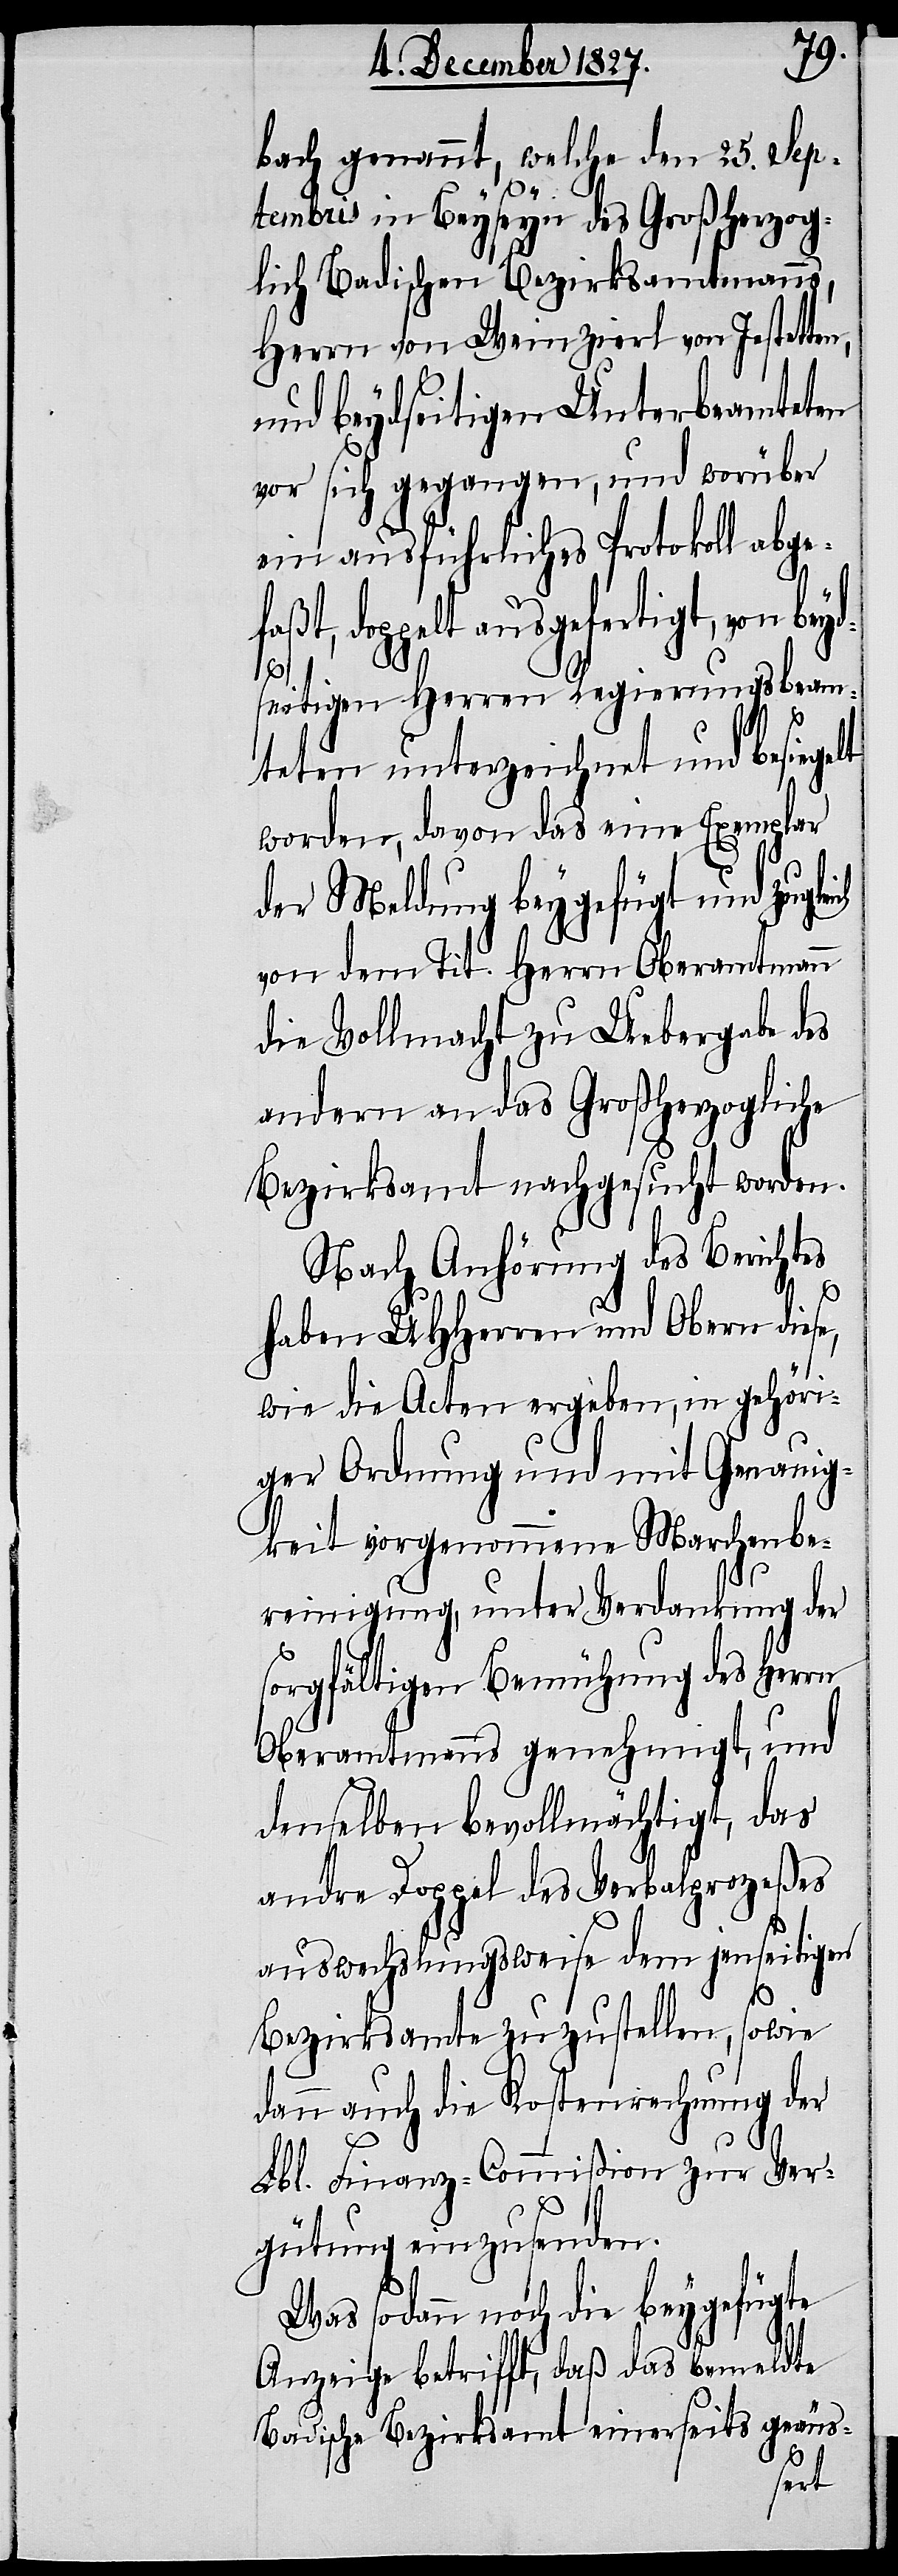
bach genannt, welche den 25. Sep¬
tembris in Beyseyn des Großherzog¬
lich Badischen Bezirksamtmanns,
Herrn von Weinzierl von Jestetten,
und beydseitigen Unterbeamteten
vor sich gegangen, und worüber
ein ausführliches Protokoll abge¬
doppelt ausgefertigt, von be¬
ydseitigen Herren Regierungsbeam¬
ten unterzeichnet und besiegelt
worden, davon das eine Exemplar
der Meldung beygefügt und zugle¬
von dem Tit. Herrn Oberamtmann
die Vollmacht zu Uebergabe des
andern an das Großherzogliche
Bezirksamt nachgesucht worden.
Nach Anhörung des Berichtes
haben UHHerren und Obern diese,
wie die Acten ergeben, in gehöri¬
ger Ordnung und mit Genauig¬
keit vorgenommene Marchenbe¬
reinigung, unter Verdankung der
sorgfältigen Bemühungen des Herrn
Oberamtmanns genehmigt, und
denselben bevollmächtigt, das
andre Doppel des Verbalprozeßes
auswechslungsweise dem jenseitigen
ich
Bezirksamte zuzustellen, sowie
dann auch die Kostenrechnung der
Lbl. Finanz-Commißion zur Ver¬
gütung einzusenden.
Was sodann noch die beygefügte
Anzeige betrifft, daß das bemeldte
Badische Bezirksamt einerseits geäus-
faßt,